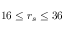
1 6 \leq r _ { s } \leq 3 6